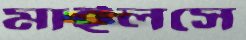
মাইলসে